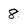
Character: 8